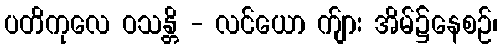
ပတိကုလေ ဝသန္တိ - လင်ယော က်ျား အိမ်၌နေစဉ်၊